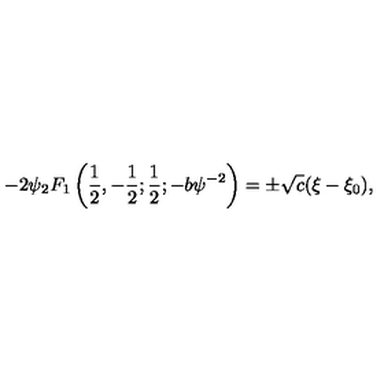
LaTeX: - 2 \psi { _ { 2 } F _ { 1 } } \left( { \frac { 1 } { 2 } } , - { \frac { 1 } { 2 } } ; { \frac { 1 } { 2 } } ; - b \psi ^ { - 2 } \right) = \pm \sqrt { c } ( \xi - \xi _ { 0 } ) ,